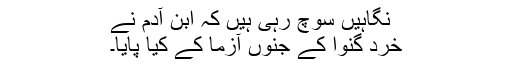
نگاہیں سوچ رہی ہیں کہ ابن آدم نے
خرد گنوا کے جنوں آزما کے کیا پایا۔